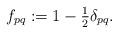
LaTeX: \begin{gather*} f_{pq}:=1-\tfrac{1}{2}\delta_{pq}.\end{gather*}